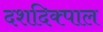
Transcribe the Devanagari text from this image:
दशदिक्पाल